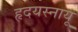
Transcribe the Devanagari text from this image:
हृदयस्नायू